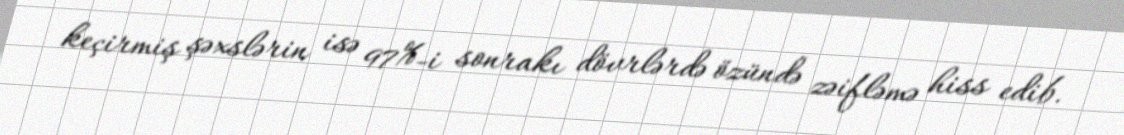
keçirmiş şəxslərin isə 97%-i sonrakı dövrlərdə özündə zəifləmə hiss edib.